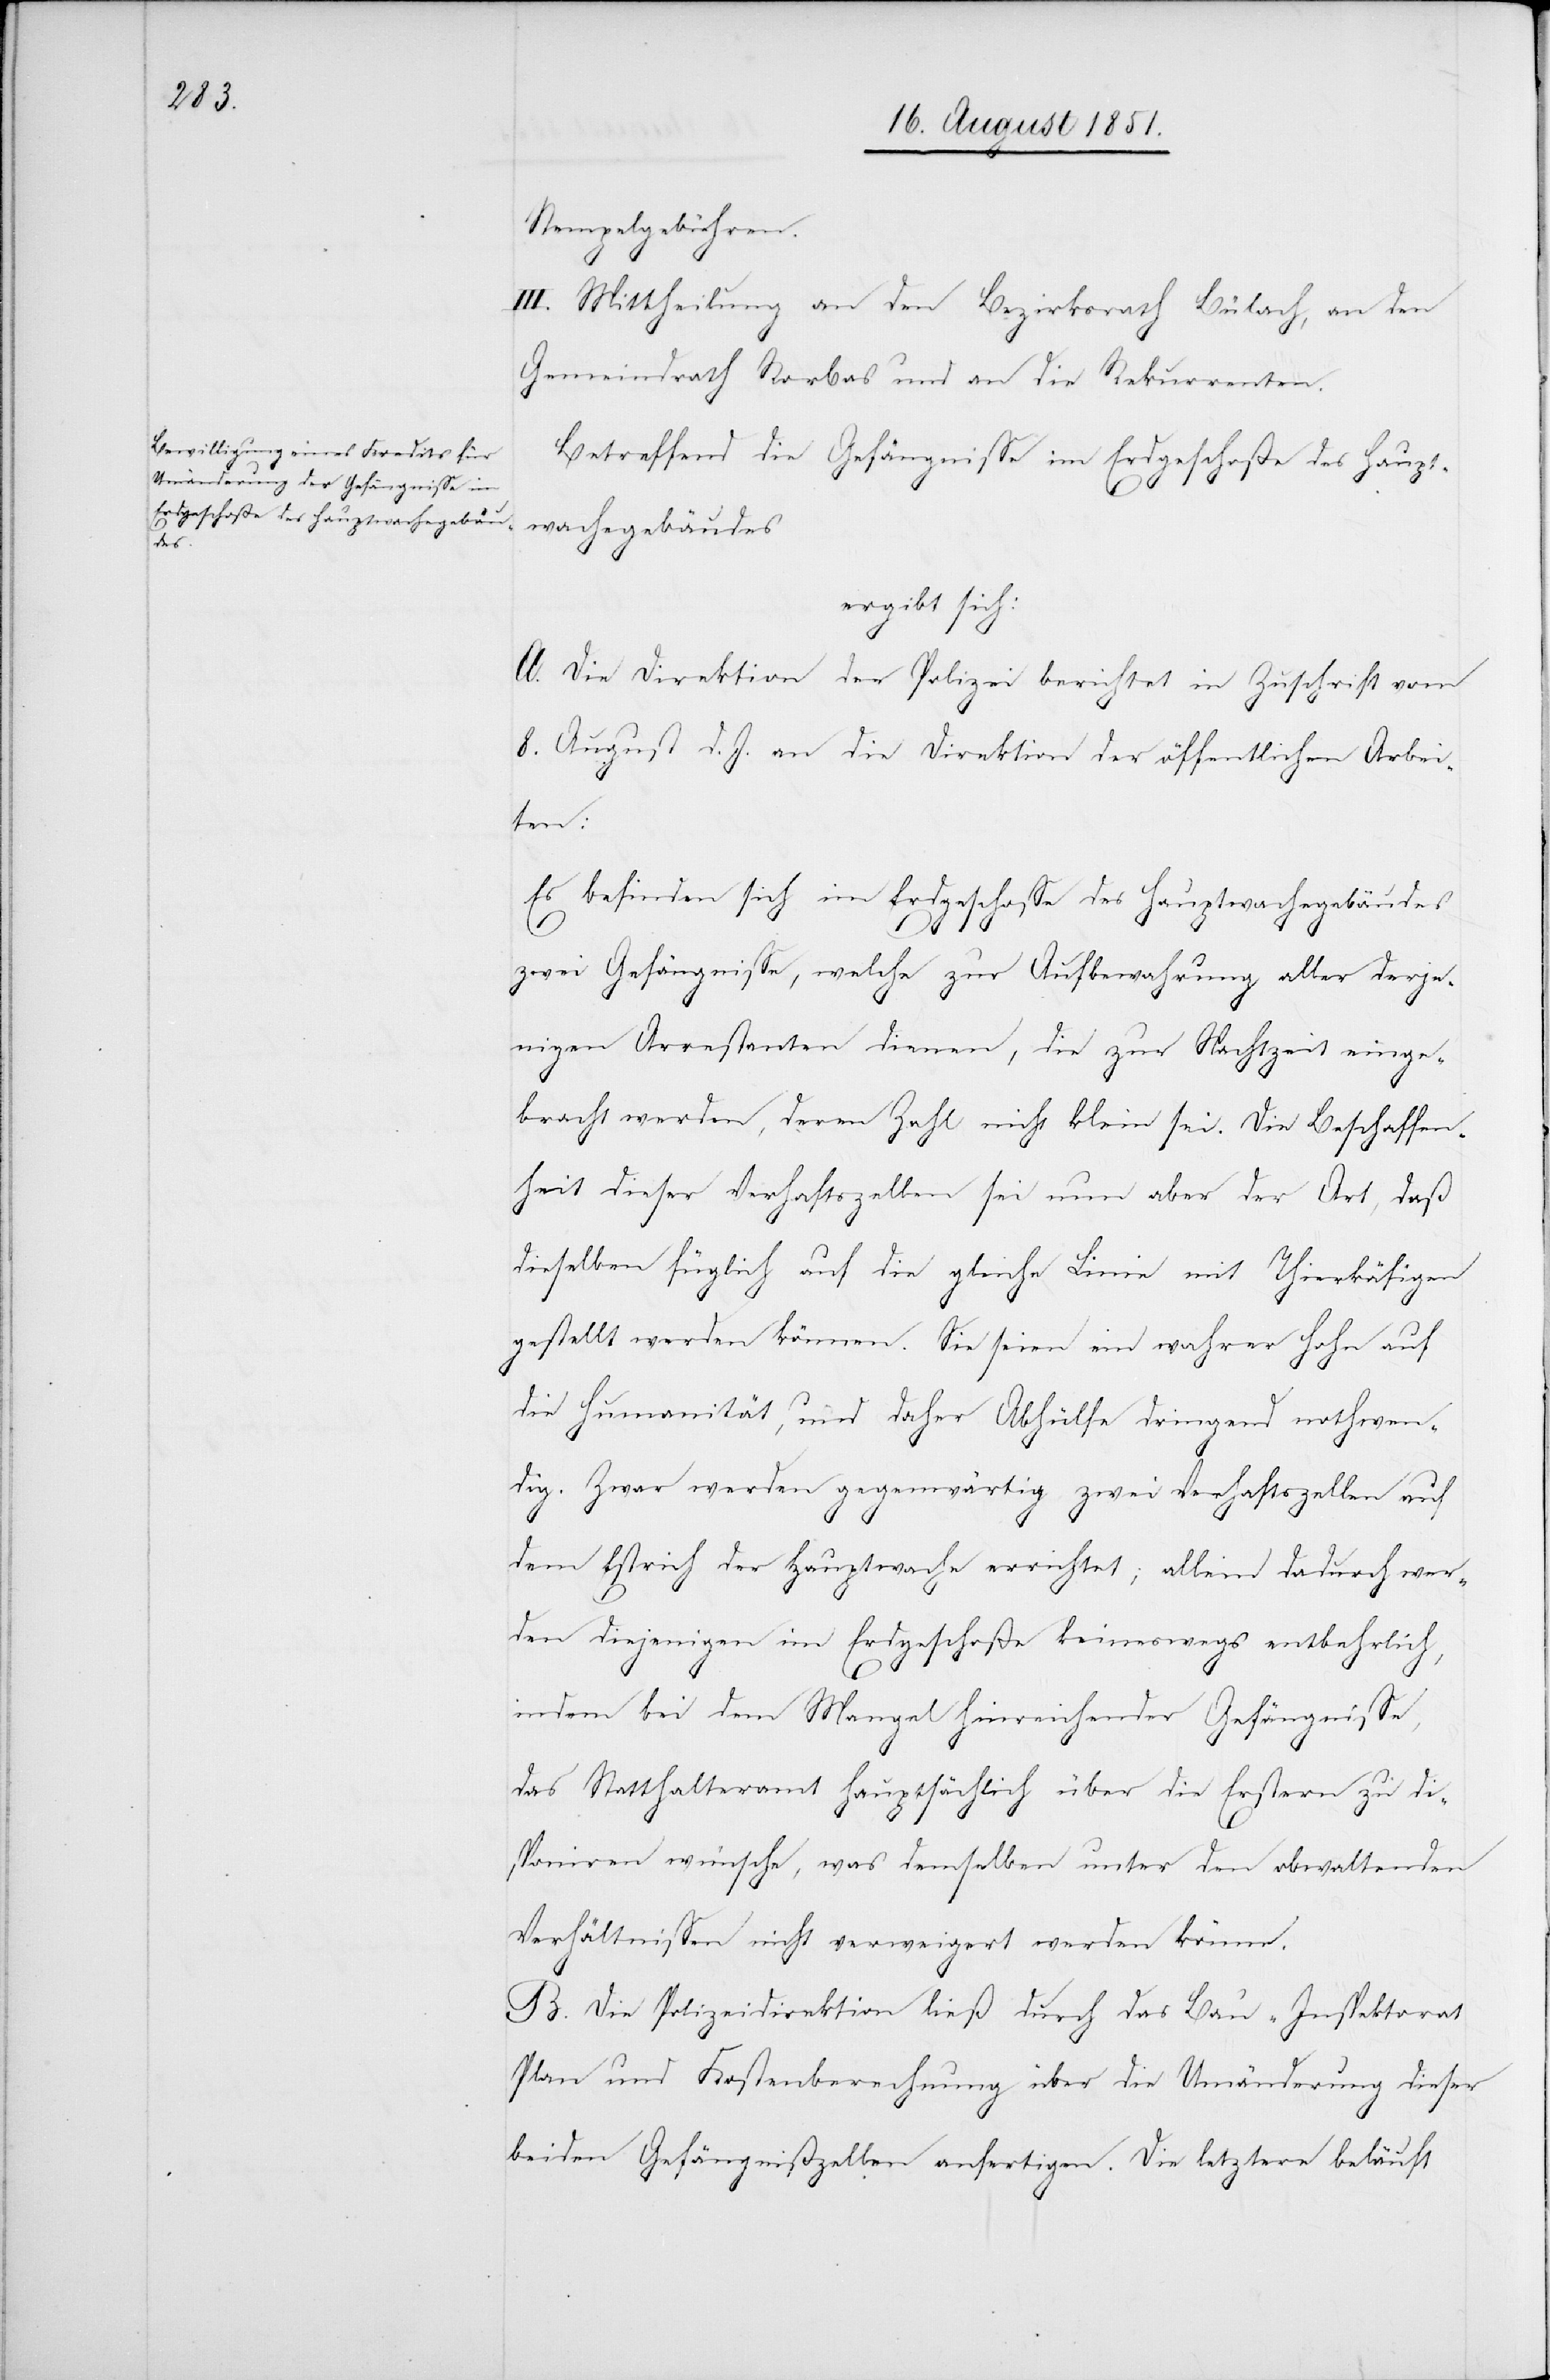
Stempelgebühren.
III. Mittheilung an den Bezirksrath Bülach, an den
Gemeindrath Rorbas und an die Rekurrenten.
Betreffend die Gefängnisse im Erdgeschoße des Haupt¬
wachegebäudes
ergibt sich:
A. Die Direktion der Polizei berichtet in Zuschrift vom
8. August d. J. an die Direktion der öffentlichen Arbei¬
ten:
Es befinden sich im Erdgeschosse des Hauptwachegebäudes
zwei Gefängnisse, welche zur Aufbewahrung aller derje¬
nigen Arrestanten dienen, die zur Nachtzeit einge¬
bracht werden, deren Zahl nicht klein sei. Die Beschaffen¬
heit dieser Verhaftszellen sei nun aber der Art, daß
dieselben füglich auf die gleiche Linie mit Thierkäfigen
gestellt werden können. Sie seien ein wahrer Hohn auf
die Humanität, und daher Abhülfe dringend nothwen¬
dig. Zwar werden gegenwärtig zwei Verhaftszellen auf
dem Estrich der Hauptwache errichtet; allein dadurch wer¬
den diejenigen im Erdgeschoße keineswegs entbehrlich,
indem bei dem Mangel hinreichender Gefängnisse,
das Statthalteramt hauptsächlich über die Erstern zu dis¬
poniren wünsche, was demselben unter den obwaltenden
Verhältnissen nicht verweigert werden könne.
B. Die Polizeidirektion ließ durch das Bau-Inspektorat
Plan und Kostenberechnung über die Umänderung dieser
beiden Gefängnißzellen anfertigen. Die letztere beläuft